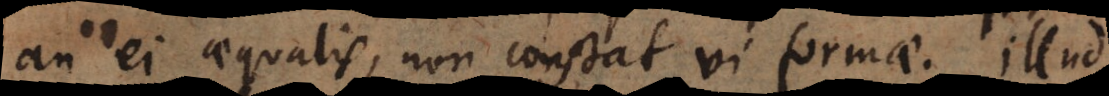
an ei aequalis, non constat vi formae; illud